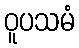
ဝူပသမံ